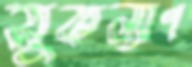
সুকল্যাণ